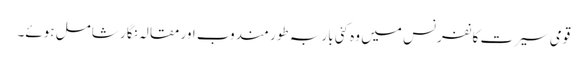
قومی سیرت کانفرنس میں وہ کئی بار بہ طور مندوب اور مقالہ نگار شامل ہوئے۔